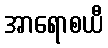
အာရောစယီ